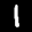
Label: 1